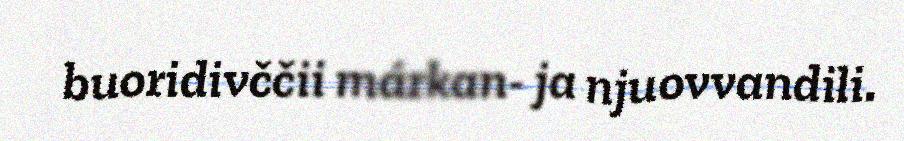
buoridivččii márkan- ja njuovvandili.